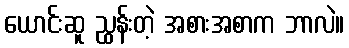
ယောင်းဆူ ညွှန်းတဲ့ အစားအစာက ဘာလဲ။